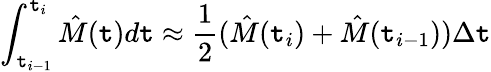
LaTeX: \int_{\mathtt{t}_{i-1}}^{\mathtt{t}_{i}}\hat{{M}}(\mathtt{t})d\mathtt{t}\approx\frac{{1}}{{2}}(\hat{{M}}(\mathtt{t}_{i})+\hat{{M}}(\mathtt{t}_{i-1}))\Delta\mathtt{t}